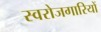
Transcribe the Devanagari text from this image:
स्वरोजगारियों